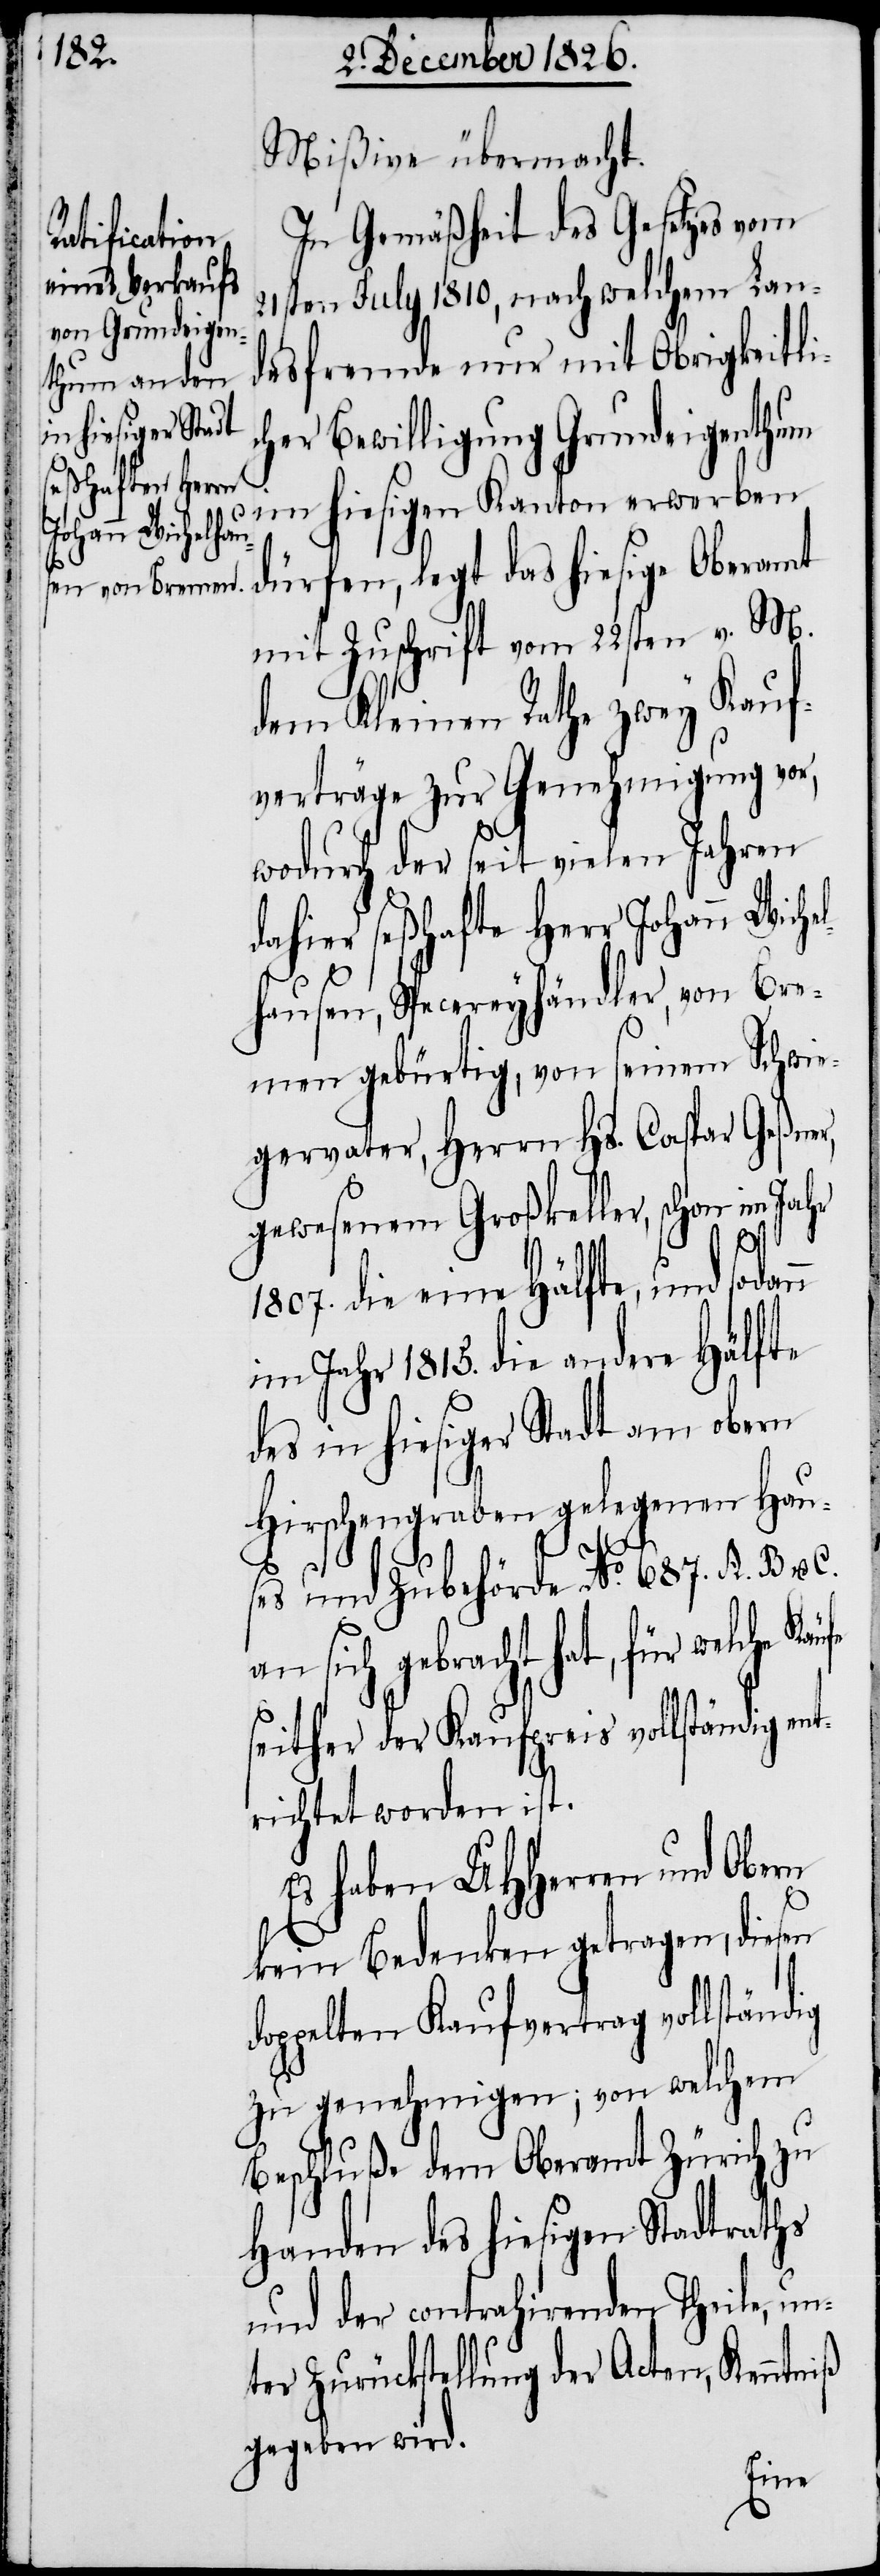
Mißive übermacht.
In Gemäßheit des Gesetzes vom
21sten July 1810, nach welchem Lan¬
desfremde nur mit Obrigkeitli¬
cher Bewilligung Grundeigenthum
im hiesigen Kanton erwerben
dürfen, legt das hiesige Oberamt
mit Zuschrift vom 22sten v. M.
dem Kleinen Rathe zwey Kauf¬
verträge zur Genehmigung vor,
wodurch der seit vielen Jahren
dahier seßhafte Herr Johann Wiche¬
lhausen, Specereyhändler, von Bre¬
men gebürtig, von seinem Schwie¬
gervater, Herrn Hs. Caspar Geßner,
gewesenem Großkeller, schon im Jahr
fe
1807. die eine Hälfte, und sodann
im Jahr 1815. die andere Hälfte
des in hiesiger Stadt am obern
Hirschengraben gelegenen Hau¬
d¬
ses und Zubehörde No. 687. A.[,] B.
an sich gebracht hat, für welche Käu¬
seither der Kaufpreis vollständig ent¬
richtet worden ist.
Es haben UHHerren und Obern
kein Bedenken getragen, diesen
oppelten Kaufvertrag vollständig
zu genehmigen; von welchem
Beschluße dem Oberamt Zürich zu
Handen des hiesigen Stadtraths
und der contrahirenden Theile, un¬
ter Zurückstellung der Acten, Kenntniß
gegeben wird.